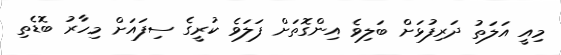
މިއީ އަލަތު ދަރިފުޅަށް ބަލިވެ އިންގޮތަށް ފަލަވެ ކުރީގެ ސިފައަށް މިހާރު ބޮޑެތި